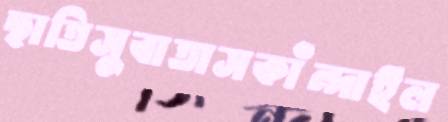
ছাতিসুবাতাসকাঁন্দাইল